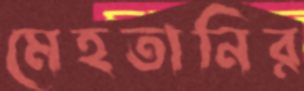
মেহতানির